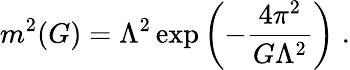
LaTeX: m^{2}(G)=\Lambda^{2}\exp\left(-\frac{4\pi^{2}}{G\Lambda^{2}}\right)\; .